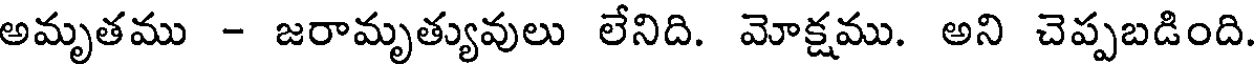
అమృతము - జరామృత్యువులు లేనిది. మోక్షము. అని చెప్పబడింది.